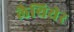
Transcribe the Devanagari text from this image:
लैथियेर